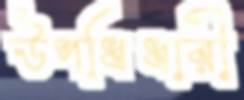
উপধিধারী